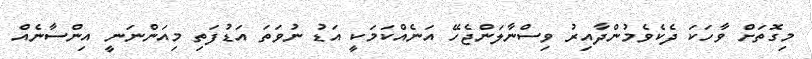
މިގޮތަށް ވާހަކަ ދެކެވެމުންދާއިރު ވިސްނާލަންޖެހޭ އަނެއްކަމަކީ އަޑު ނުވަތަ އަޑުފަތި މިއަންނަނީ އިންސާނެއް